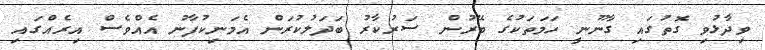
ވިދާޅުވި ގޮތުގައި ގާނޫނީ ހަމަތަކުގެ ބޭރުން ސަރުކާރު ބަދަލުކުރަން އެމަނިކުފާނު އެއްވެސް އިރެއްގައި